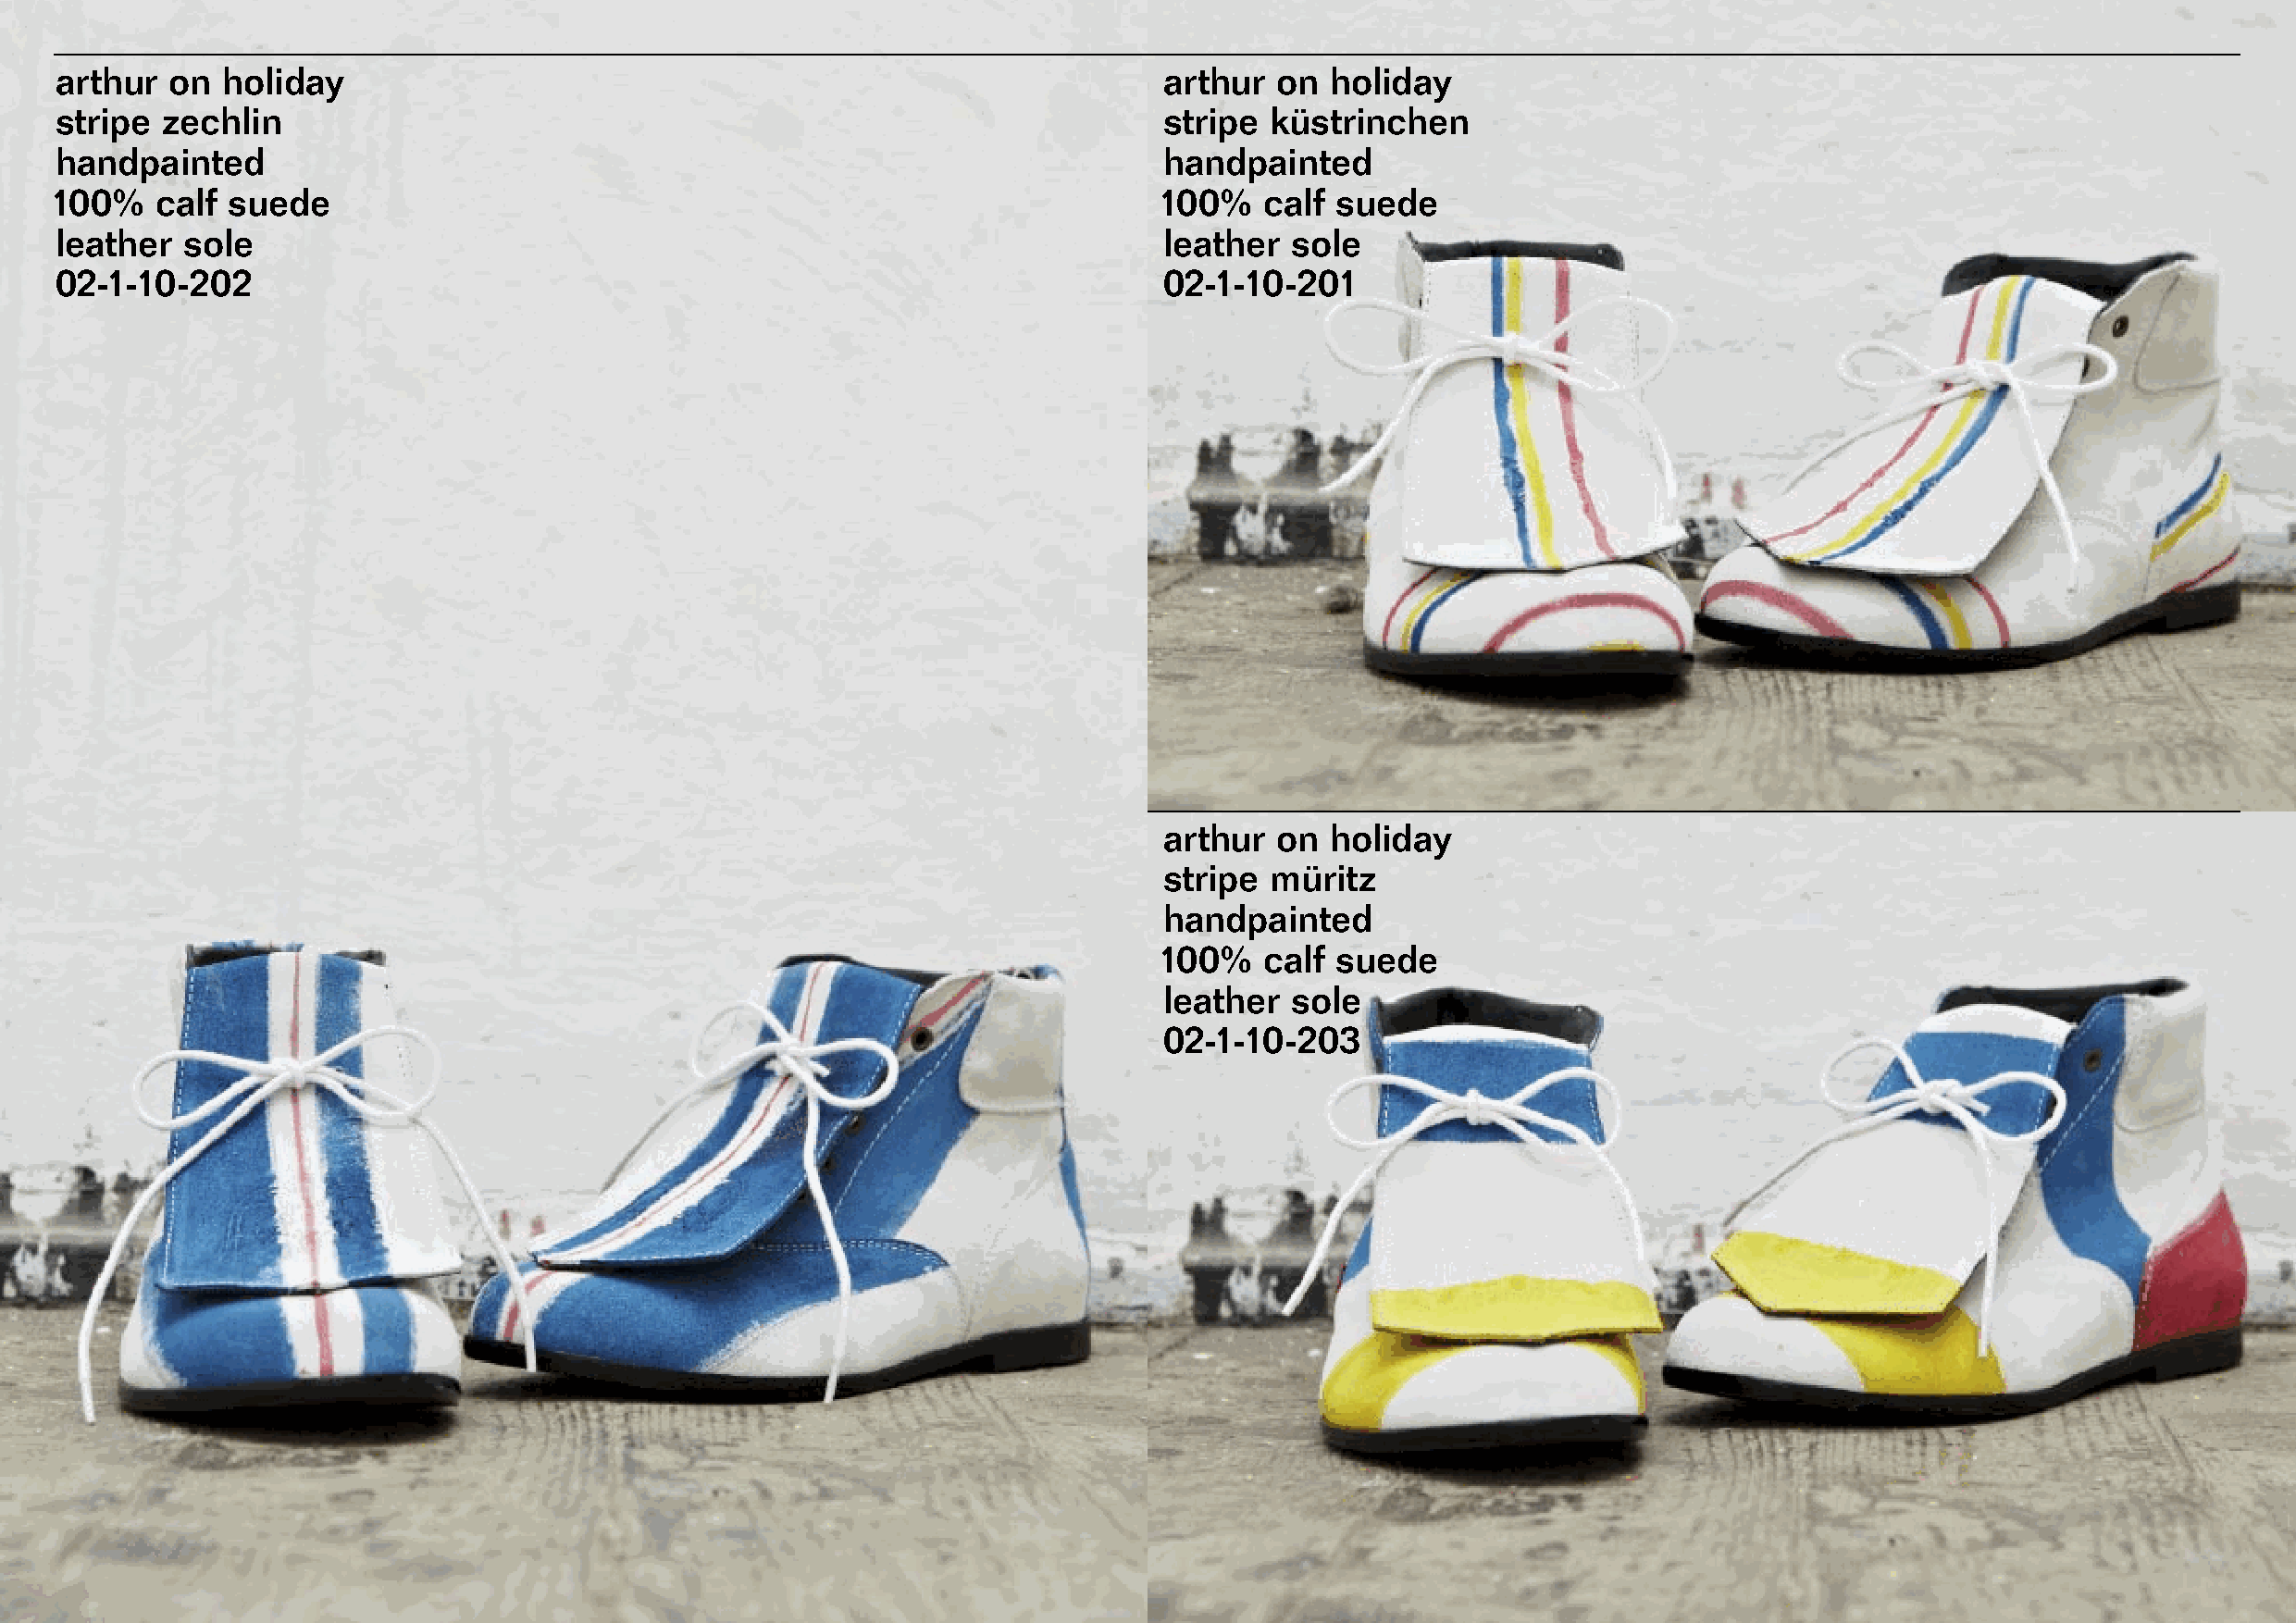
arthur  on  holiday                                                            arthur  on  holiday
 stripe  zechlin                                                                stripe  küstrinchen
 handpainted                                                                    handpainted
 100%   calf suede                                                              100%   calf  suede
 leather  sole                                                                  leather  sole
 02-1-10-202                                                                    02-1-10-201
 arthur  on  holiday
 stripe  müritz
 handpainted
 100%   calf  suede
 leather  sole
 02-1-10-203